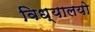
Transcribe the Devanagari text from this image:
विध्यालयो